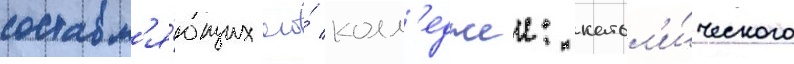
составл'я́ющих его́ колл'еджеи: катол'и́ческого